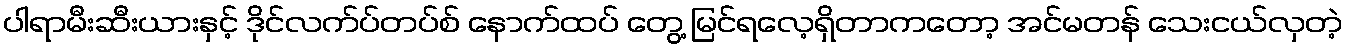
ပါရာမီးဆီးယားနှင့် ဒိုင်လက်ပ်တပ်စ် နောက်ထပ် တွေ့ မြင်ရလေ့ရှိတာကတော့ အင်မတန် သေးငယ်လှတဲ့